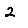
Digit: 2